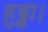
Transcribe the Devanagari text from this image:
हुड्डा।